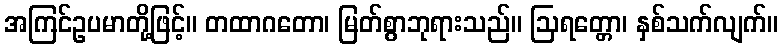
အကြင်ဥပမာတို့ဖြင့်။ တထာဂတော၊ မြတ်စွာဘုရားသည်။ ဩရတ္တော၊ နှစ်သက်လျက်။